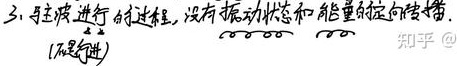
三、与主波进行的过程，没有振动状态和能量的定向传播.（\(\textcircled{不一定}\)）